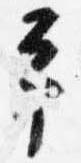
予